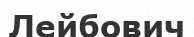
Лейбович